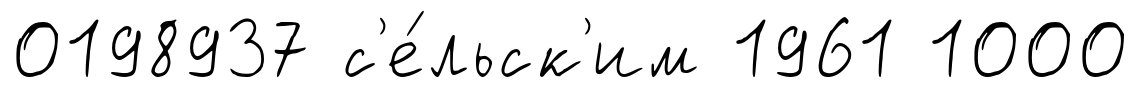
0198937 с'е́льск'им 1961 1000